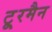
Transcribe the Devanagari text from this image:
टू्रमैन